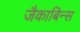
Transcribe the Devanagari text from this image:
जैकाबिन्स